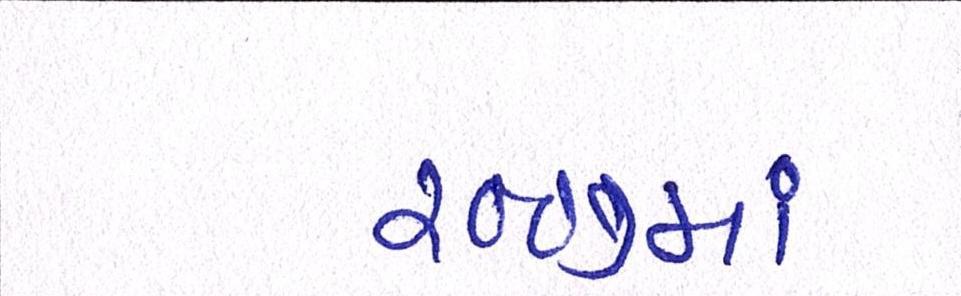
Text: ૨૦૦૭માં